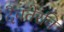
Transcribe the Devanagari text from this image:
दैवतेरवि